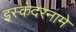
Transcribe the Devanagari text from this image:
इस्कंदरनामे